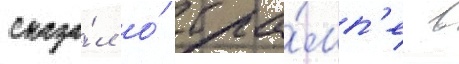
сказа́л о́ тра́мп'е в